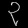
Digit: ၃